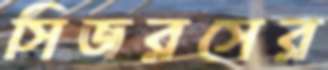
সিজরসের